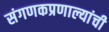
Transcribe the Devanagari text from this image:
संगणकप्रणाल्यांची